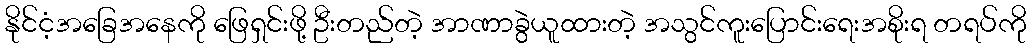
နိုင်ငံ့အခြေအနေကို ဖြေရှင်းဖို့ ဦးတည်တဲ့ အာဏာခွဲယူထားတဲ့ အသွင်ကူးပြောင်းရေးအစိုးရ တရပ်ကို